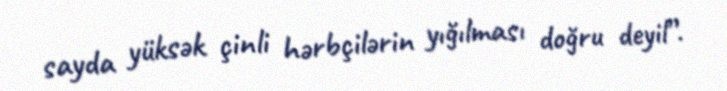
sayda yüksək çinli hərbçilərin yığılması doğru deyil”.